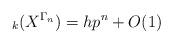
LaTeX: \begin{align*}_k (X^{\Gamma_n})= hp^n + O(1) \end{align*}